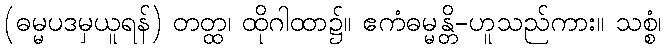
(ဓမ္မပဒမှယူရန်) တတ္ထ၊ ထိုဂါထာ၌။ ဧကံဓမ္မန္တိ-ဟူသည်ကား။ သစ္စံ၊